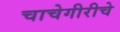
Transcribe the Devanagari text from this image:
चाचेगीरीचे